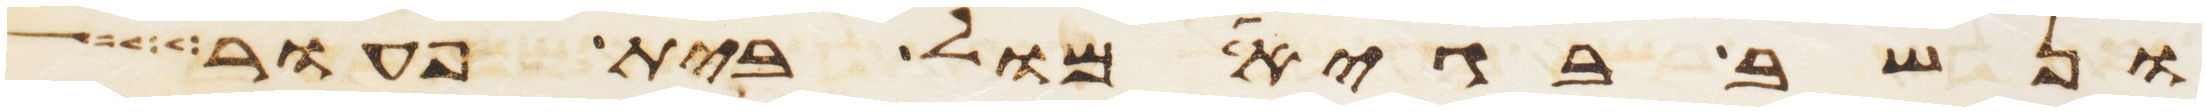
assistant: ונשב בגיא מול בית פעור